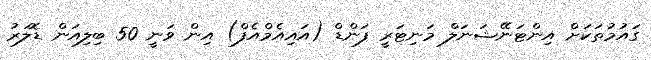
ގައުމުތަކަށް އިންޓަނޭޝަނަލް މަނިޓަރީ ފަންޑް (އައިއެމްއެފް) އިން ވަނީ 50 ބިލިއަން ޑޮލަރު